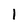
Character: 1